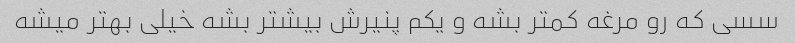
سسی که رو مرغه کمتر بشه و یکم پنیرش بیشتر بشه خیلی بهتر میشه